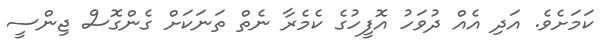
ކަމަށެވެ. އަދި އެއް ދުވަހު އޮފީހުގެ ކެމެރާ ނެތް ތަނަކަށް ގެންގޮސް ޖިންސީ